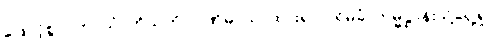
ဖြောင့်စွာ။ ကာယံ၊ ကိုယ်ကို။ ပဏိဓာယ၊ ထား၍။ ပရိမုခံ၊ ကမ္မဋ္ဌာန်းသို့ရှေ့ရှု။